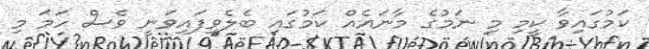
ކަމުގައިވާ ކީމި މި ނަމުގެ މާނައެއް ކަމުގައި ބެލެވިފައިވަނީ ވެސް ހަމަ މި